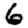
Digit: 6